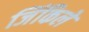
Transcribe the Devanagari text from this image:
जिंकिले